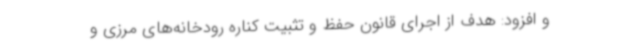
و افزود: هدف از اجرای قانون حفظ و تثبیت کناره رودخانه‌های مرزی و